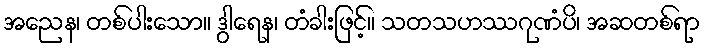
အညေန၊ တစ်ပါးသော။ ဒွါရေန၊ တံခါးဖြင့်။ သတသဟဿဂုဏံပိ၊ အဆတစ်ရာ